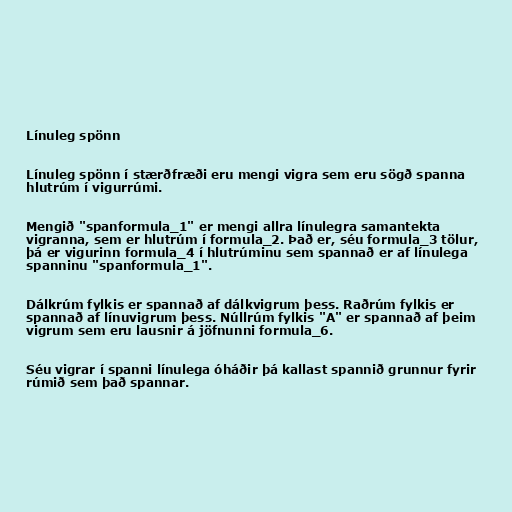
Línuleg spönn

Línuleg spönn í stærðfræði eru mengi vigra sem eru sögð spanna
hlutrúm í vigurrúmi.

Mengið "spanformula_1" er mengi allra línulegra samantekta
vigranna, sem er hlutrúm í formula_2. Það er, séu formula_3 tölur,
þá er vigurinn formula_4 í hlutrúminu sem spannað er af línulega
spanninu "spanformula_1".

Dálkrúm fylkis er spannað af dálkvigrum þess. Raðrúm fylkis er
spannað af línuvigrum þess. Núllrúm fylkis "A" er spannað af þeim
vigrum sem eru lausnir á jöfnunni formula_6.

Séu vigrar í spanni línulega óháðir þá kallast spannið grunnur fyrir
rúmið sem það spannar.